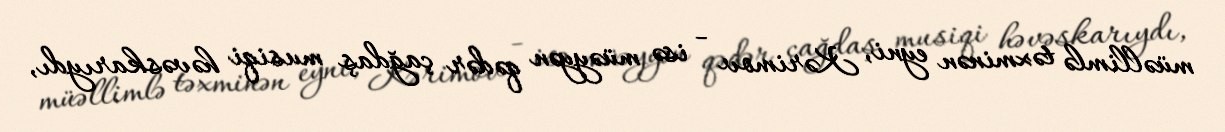
müəllimlə təxminən eyni, Kərimov - isə müəyyən qədər çağdaş musiqi həvəskarıydı,